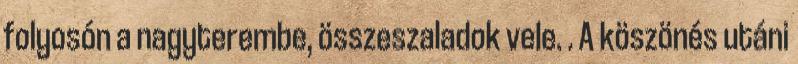
folyosón a nagyterembe, összeszaladok vele. . A köszönés utáni